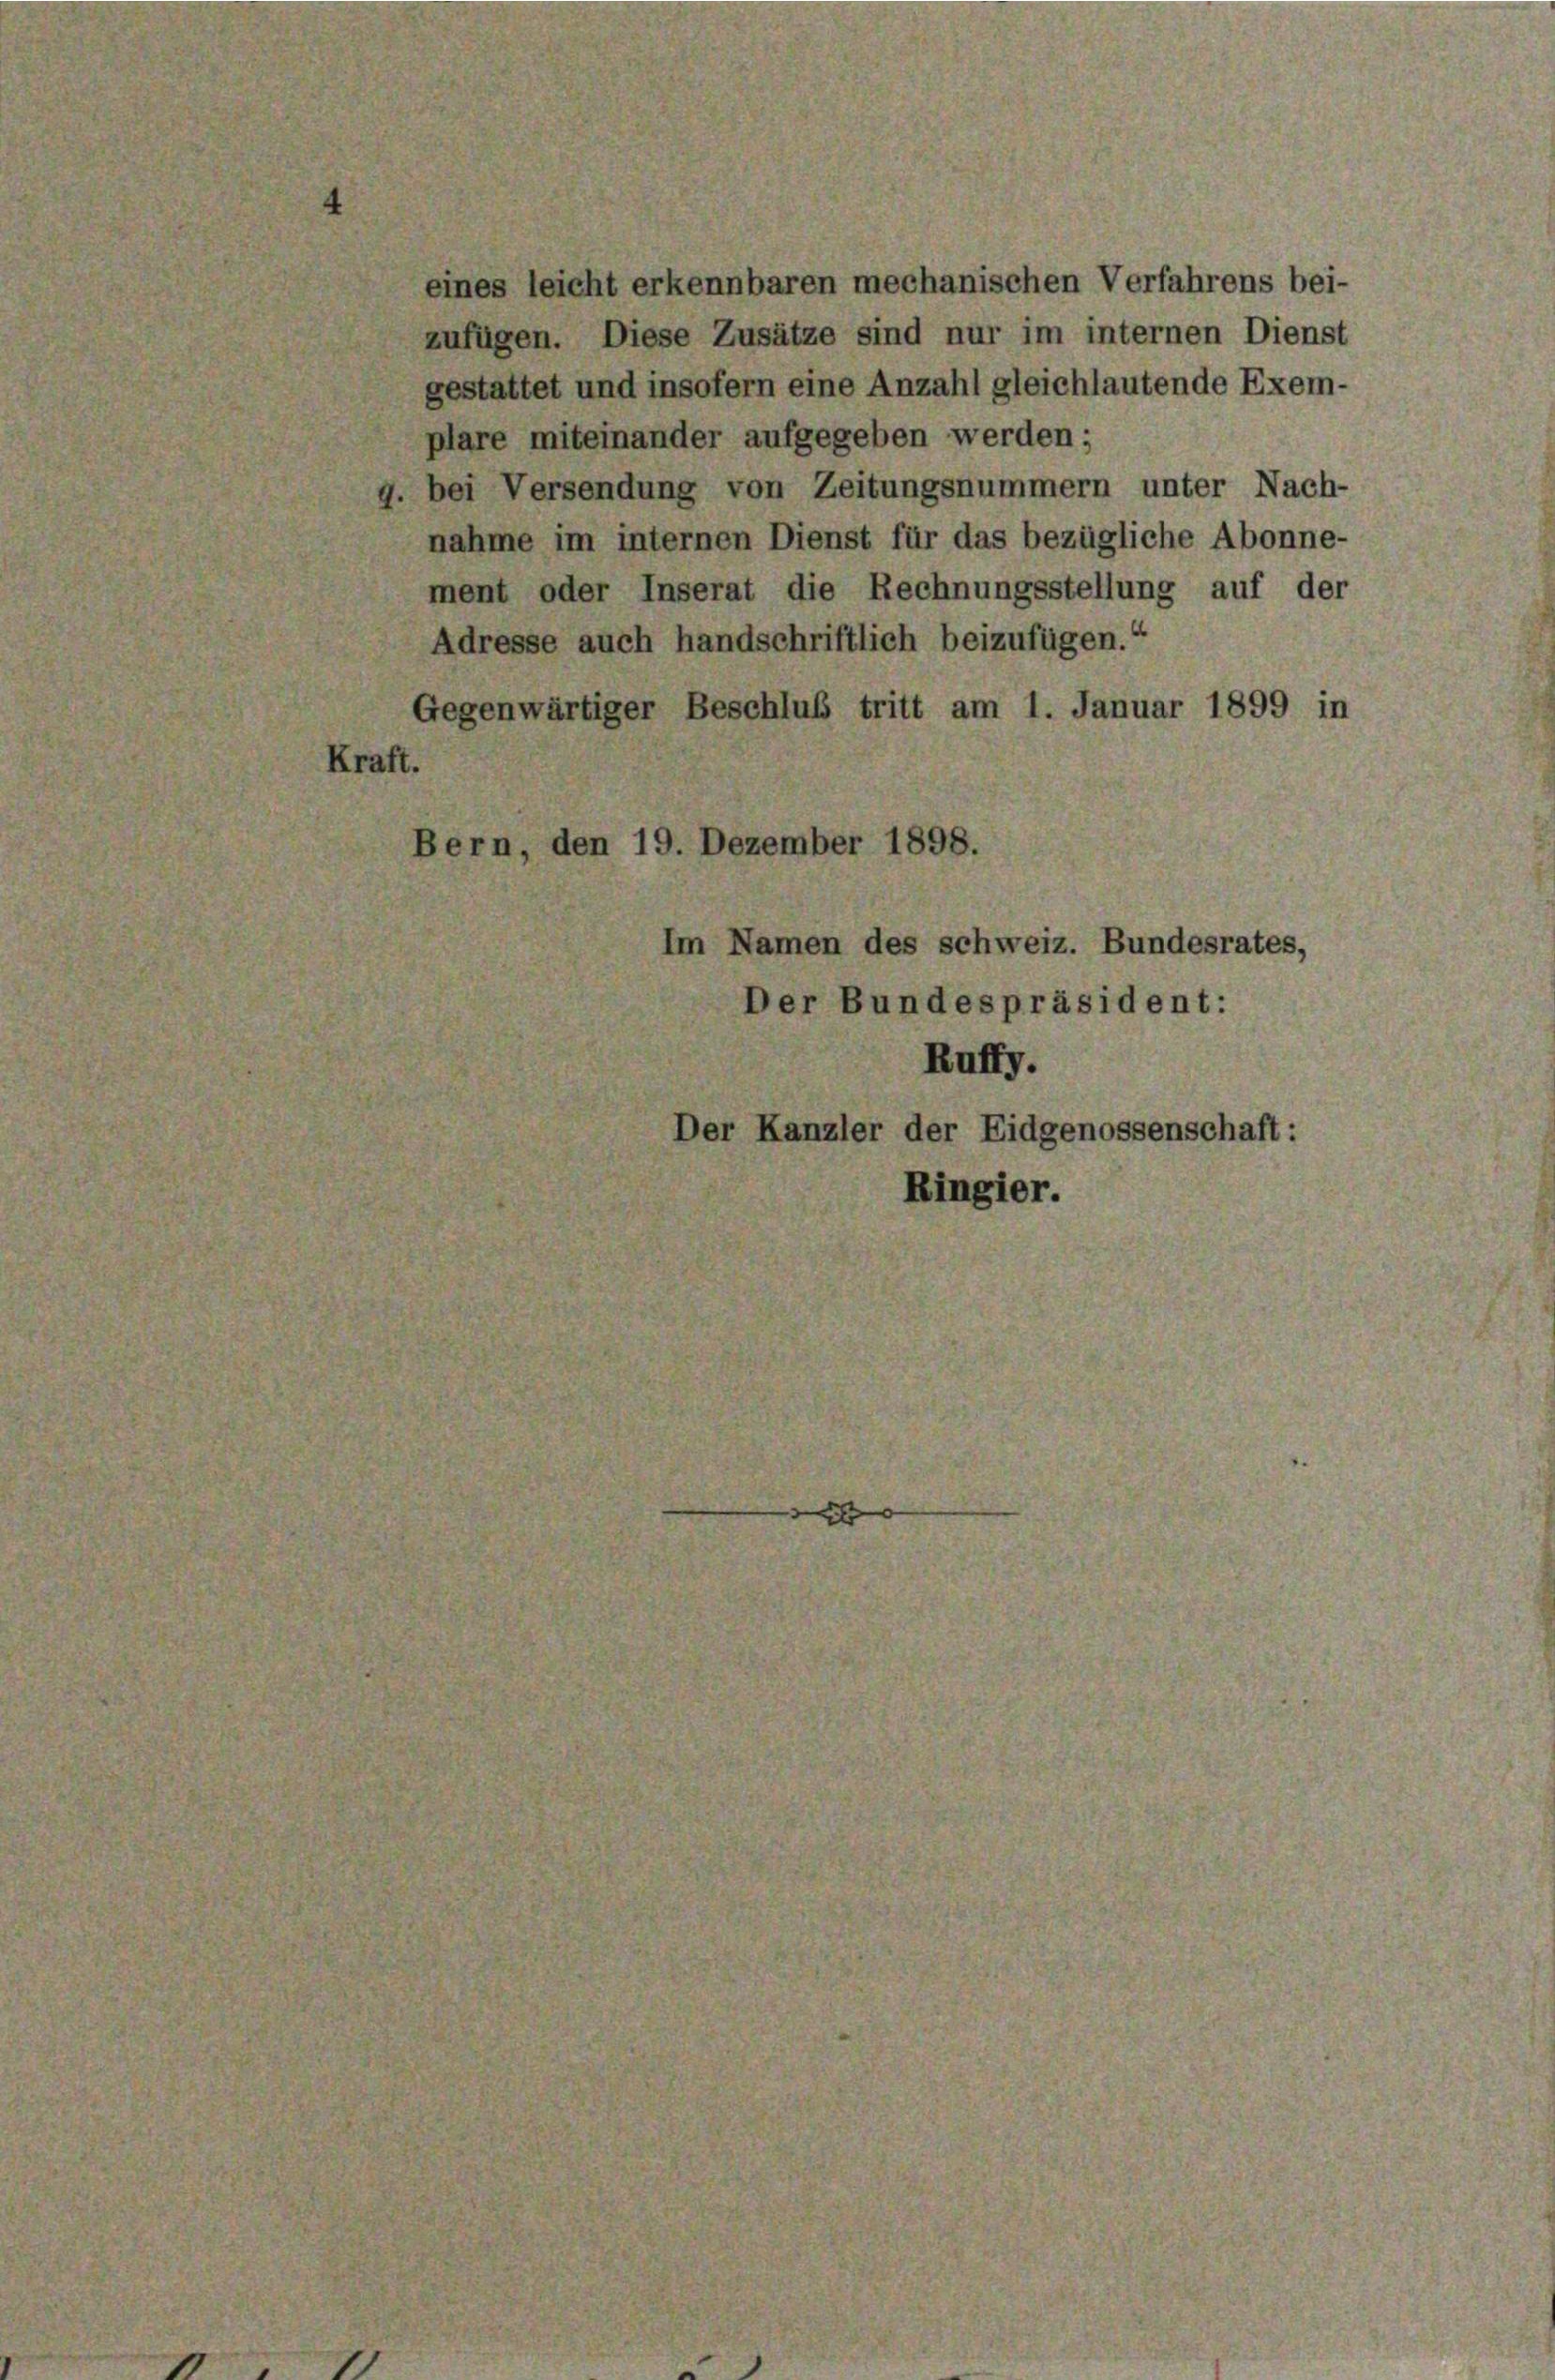
eines leicht erkennbaren mechanischen Verfahrens bei-
zufügen. Diese Zusätze sind nur im internen Dienst
gestattet und insofern eine Anzahl gleichlautende Exem-
plare miteinander aufgegeben werden;
bei Versendung von Zeitungsnummern unter Nach-
nahme im internen Dienst für das bezügliche Abonne-
ment oder Inserat die Rechnungsstellung auf der
Adresse auch handschriftlich beizufügen.“
Gegenwärtiger Beschluß tritt am 1. Januar 1899 in
Kraft.
ern, den 19. Dezember 1898.
Im Namen des schweiz. Bundesrates,
Der Bundespräsident:
Ruffy.
Der Kanzler der Eidgenossenschaft:
Ringier.